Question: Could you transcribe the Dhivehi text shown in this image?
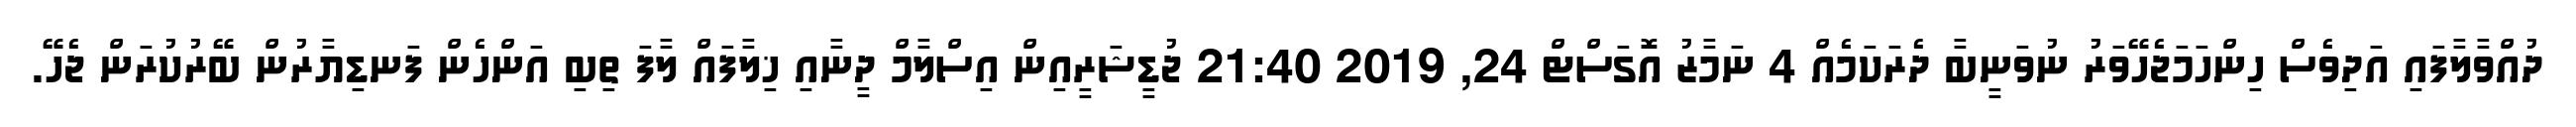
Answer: ދުއްވާލާފައި އަދިވެސް ހިންހަމަޖެހޭވަރު ނުވަނީބާ ދެރަކަމެއް 4 ނަމާޒު އޮގަސްޓް 24, 2019 21:40 ޖުޑީޝަރީއިން އިސްލާމް ދީނާއި ޚިލާފައް ލާފަ ތިބި އަންހެން ފަނޑިޔާރުން ބޭރުކުރަން ޖެހޭ.